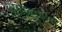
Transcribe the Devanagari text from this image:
पाणसुरुंग